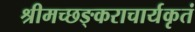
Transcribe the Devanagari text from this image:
श्रीमच्छङ्कराचार्यकृतं